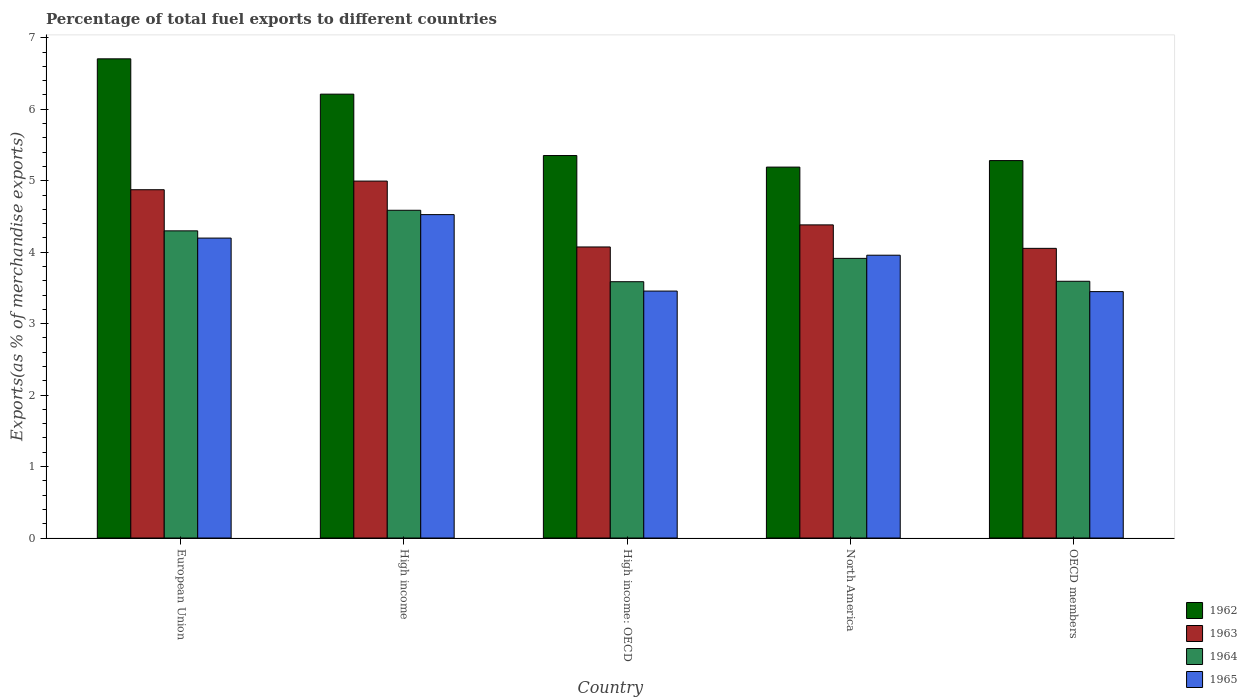
| Country | 1962 | 1963 | 1964 | 1965 |
 | --- | --- | --- | --- | --- |
 | European Union | 6.71 | 4.87 | 4.3 | 4.2 |
 | High income | 6.21 | 5 | 4.59 | 4.53 |
 | High income: OECD | 5.35 | 4.07 | 3.59 | 3.46 |
 | North America | 5.19 | 4.38 | 3.91 | 3.96 |
 | OECD members | 5.28 | 4.05 | 3.59 | 3.45 |